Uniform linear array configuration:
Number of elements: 4
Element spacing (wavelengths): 0.5
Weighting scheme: uniform
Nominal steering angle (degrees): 45
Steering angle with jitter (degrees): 45.091
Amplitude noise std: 0.05
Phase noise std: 0.05

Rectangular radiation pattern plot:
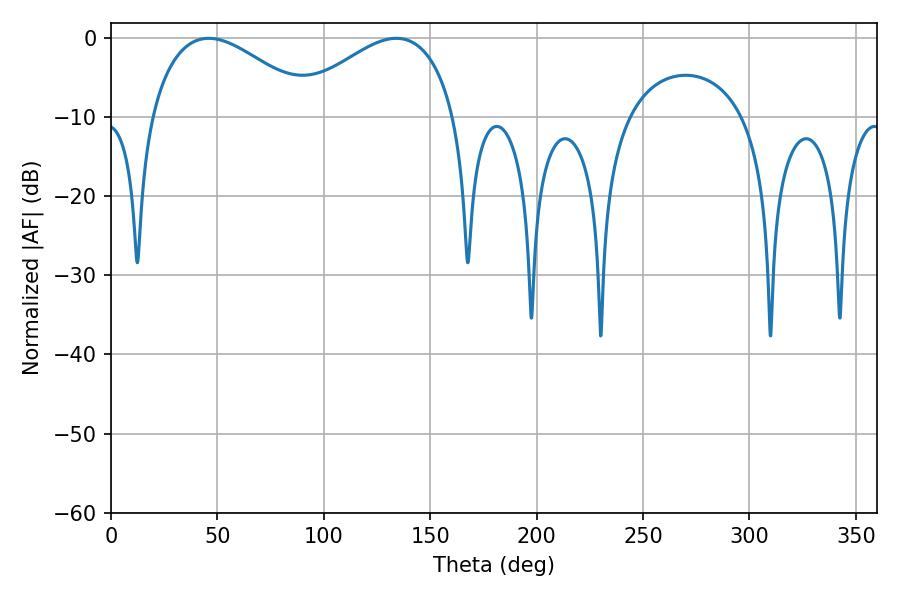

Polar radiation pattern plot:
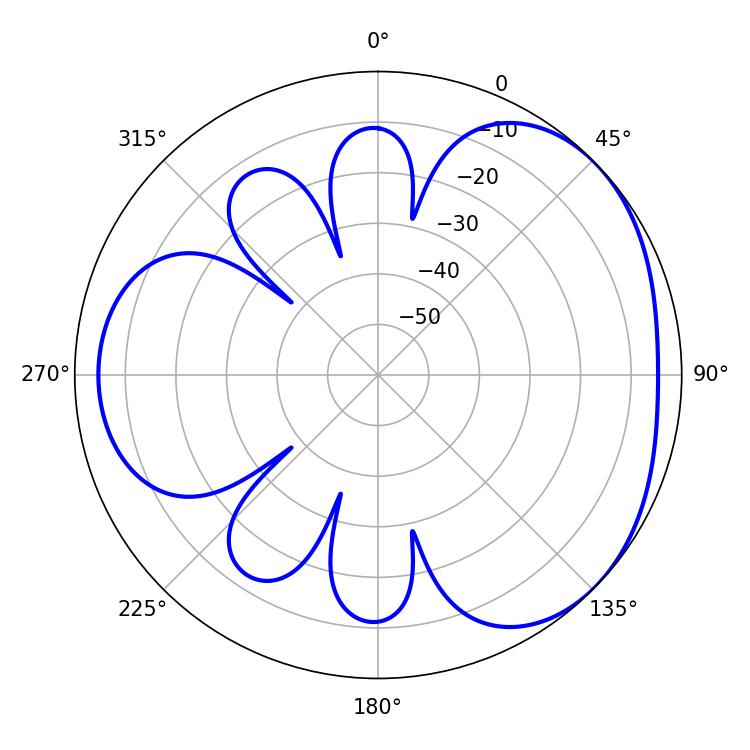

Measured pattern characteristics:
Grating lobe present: FALSE
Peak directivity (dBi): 3.381
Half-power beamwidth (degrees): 42.3
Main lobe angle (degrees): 45.9